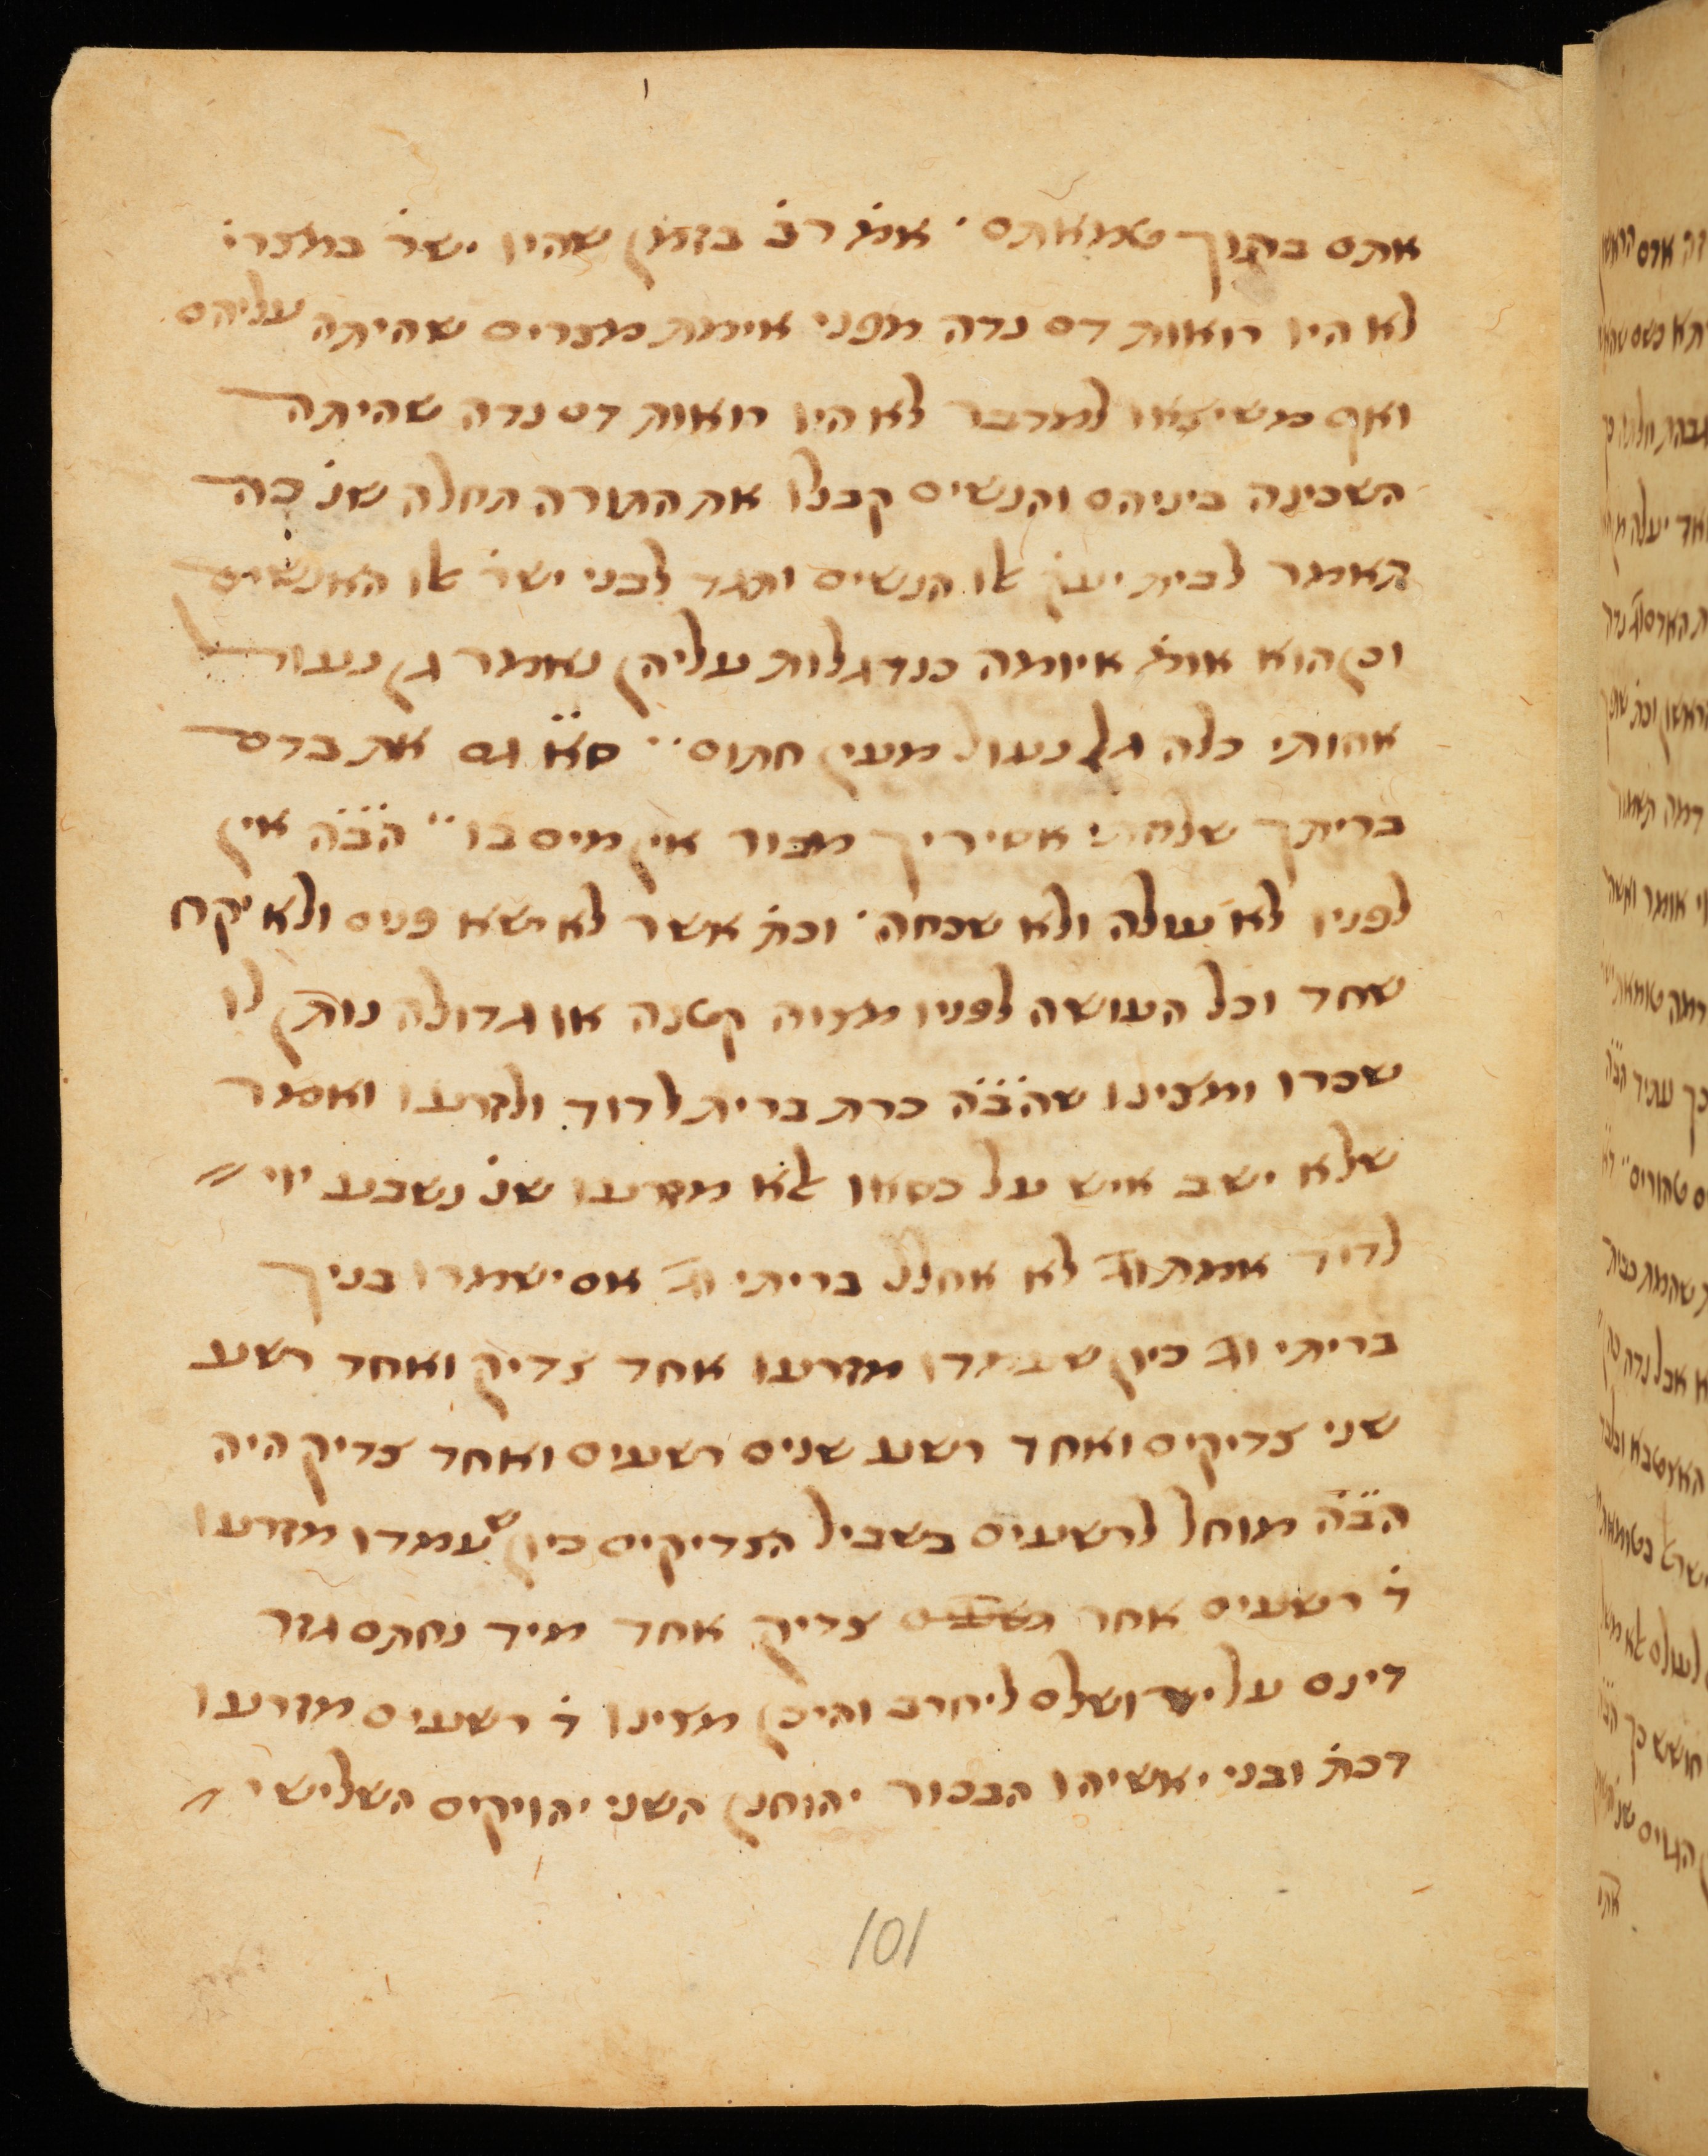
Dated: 1300–1399